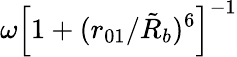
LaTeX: \omega\left[1+(r_{01}/\tilde{R}_{b})^{6}\right]^{-1}